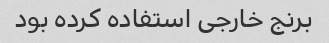
برنج خارجی استفاده کرده بود